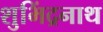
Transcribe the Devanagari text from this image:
शुभिंद्रनाथ